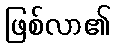
ဖြစ်လာ၏